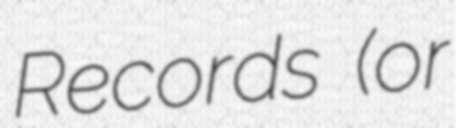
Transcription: Records (or